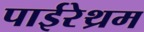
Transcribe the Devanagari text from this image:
पाईरेथ्रम